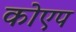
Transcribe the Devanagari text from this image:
कोएप